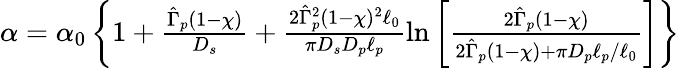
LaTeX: \begin{array}{r}{\alpha=\alpha_{0}\left\{ 1+\frac{\hat{\Gamma}_{p}(1-\chi)}{D_{s}}+\frac{2\hat{\Gamma}_{p}^{2}(1-\chi)^{2}\ell_{0}}{\pi D_{s}D_{p}\ell_{p}}\ln\left[\frac{2\hat{\Gamma}_{p}(1-\chi)}{2\hat{\Gamma}_{p}(1-\chi)+\pi D_{p}\ell_{p}/\ell_{0}}\right]\right\} }\end{array}